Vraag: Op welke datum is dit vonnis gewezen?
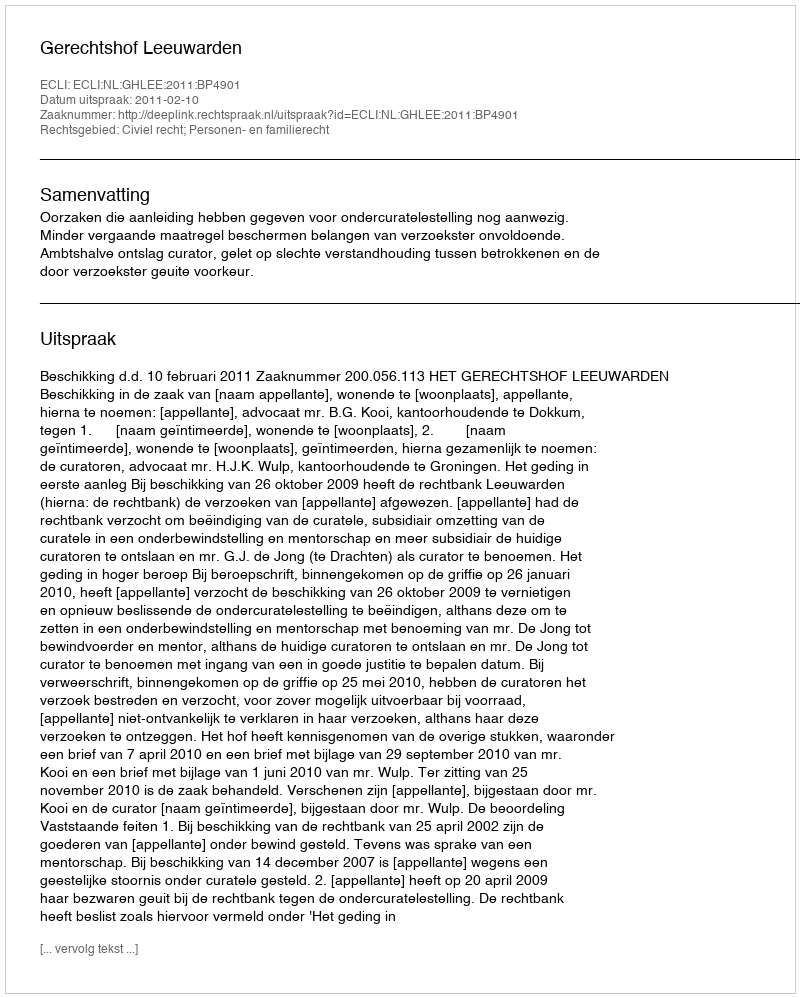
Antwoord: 2011-02-10